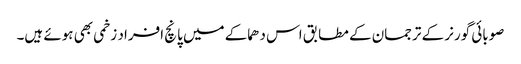
صوبائی گورنر کے ترجمان کے مطابق اس دھماکے میں پانچ افراد زخمی بھی ہوئے ہیں۔